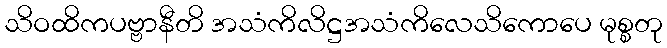
သိဝထိကပဗ္ဗာနီတိ အသံကိလိဋ္ဌအသံကိလေသိကောပေ မုစ္စတု